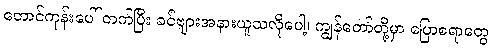
တောင်ကုန်းပေါ် တက်ပြီး ခင်ဗျားအနားယူသလိုပေါ့၊ ကျွန်တော်တို့မှာ ပြောစရာတွေ